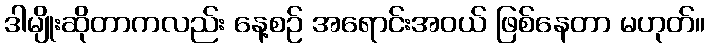
ဒါမျိုးဆိုတာကလည်း နေ့စဉ် အရောင်းအဝယ် ဖြစ်နေတာ မဟုတ်။